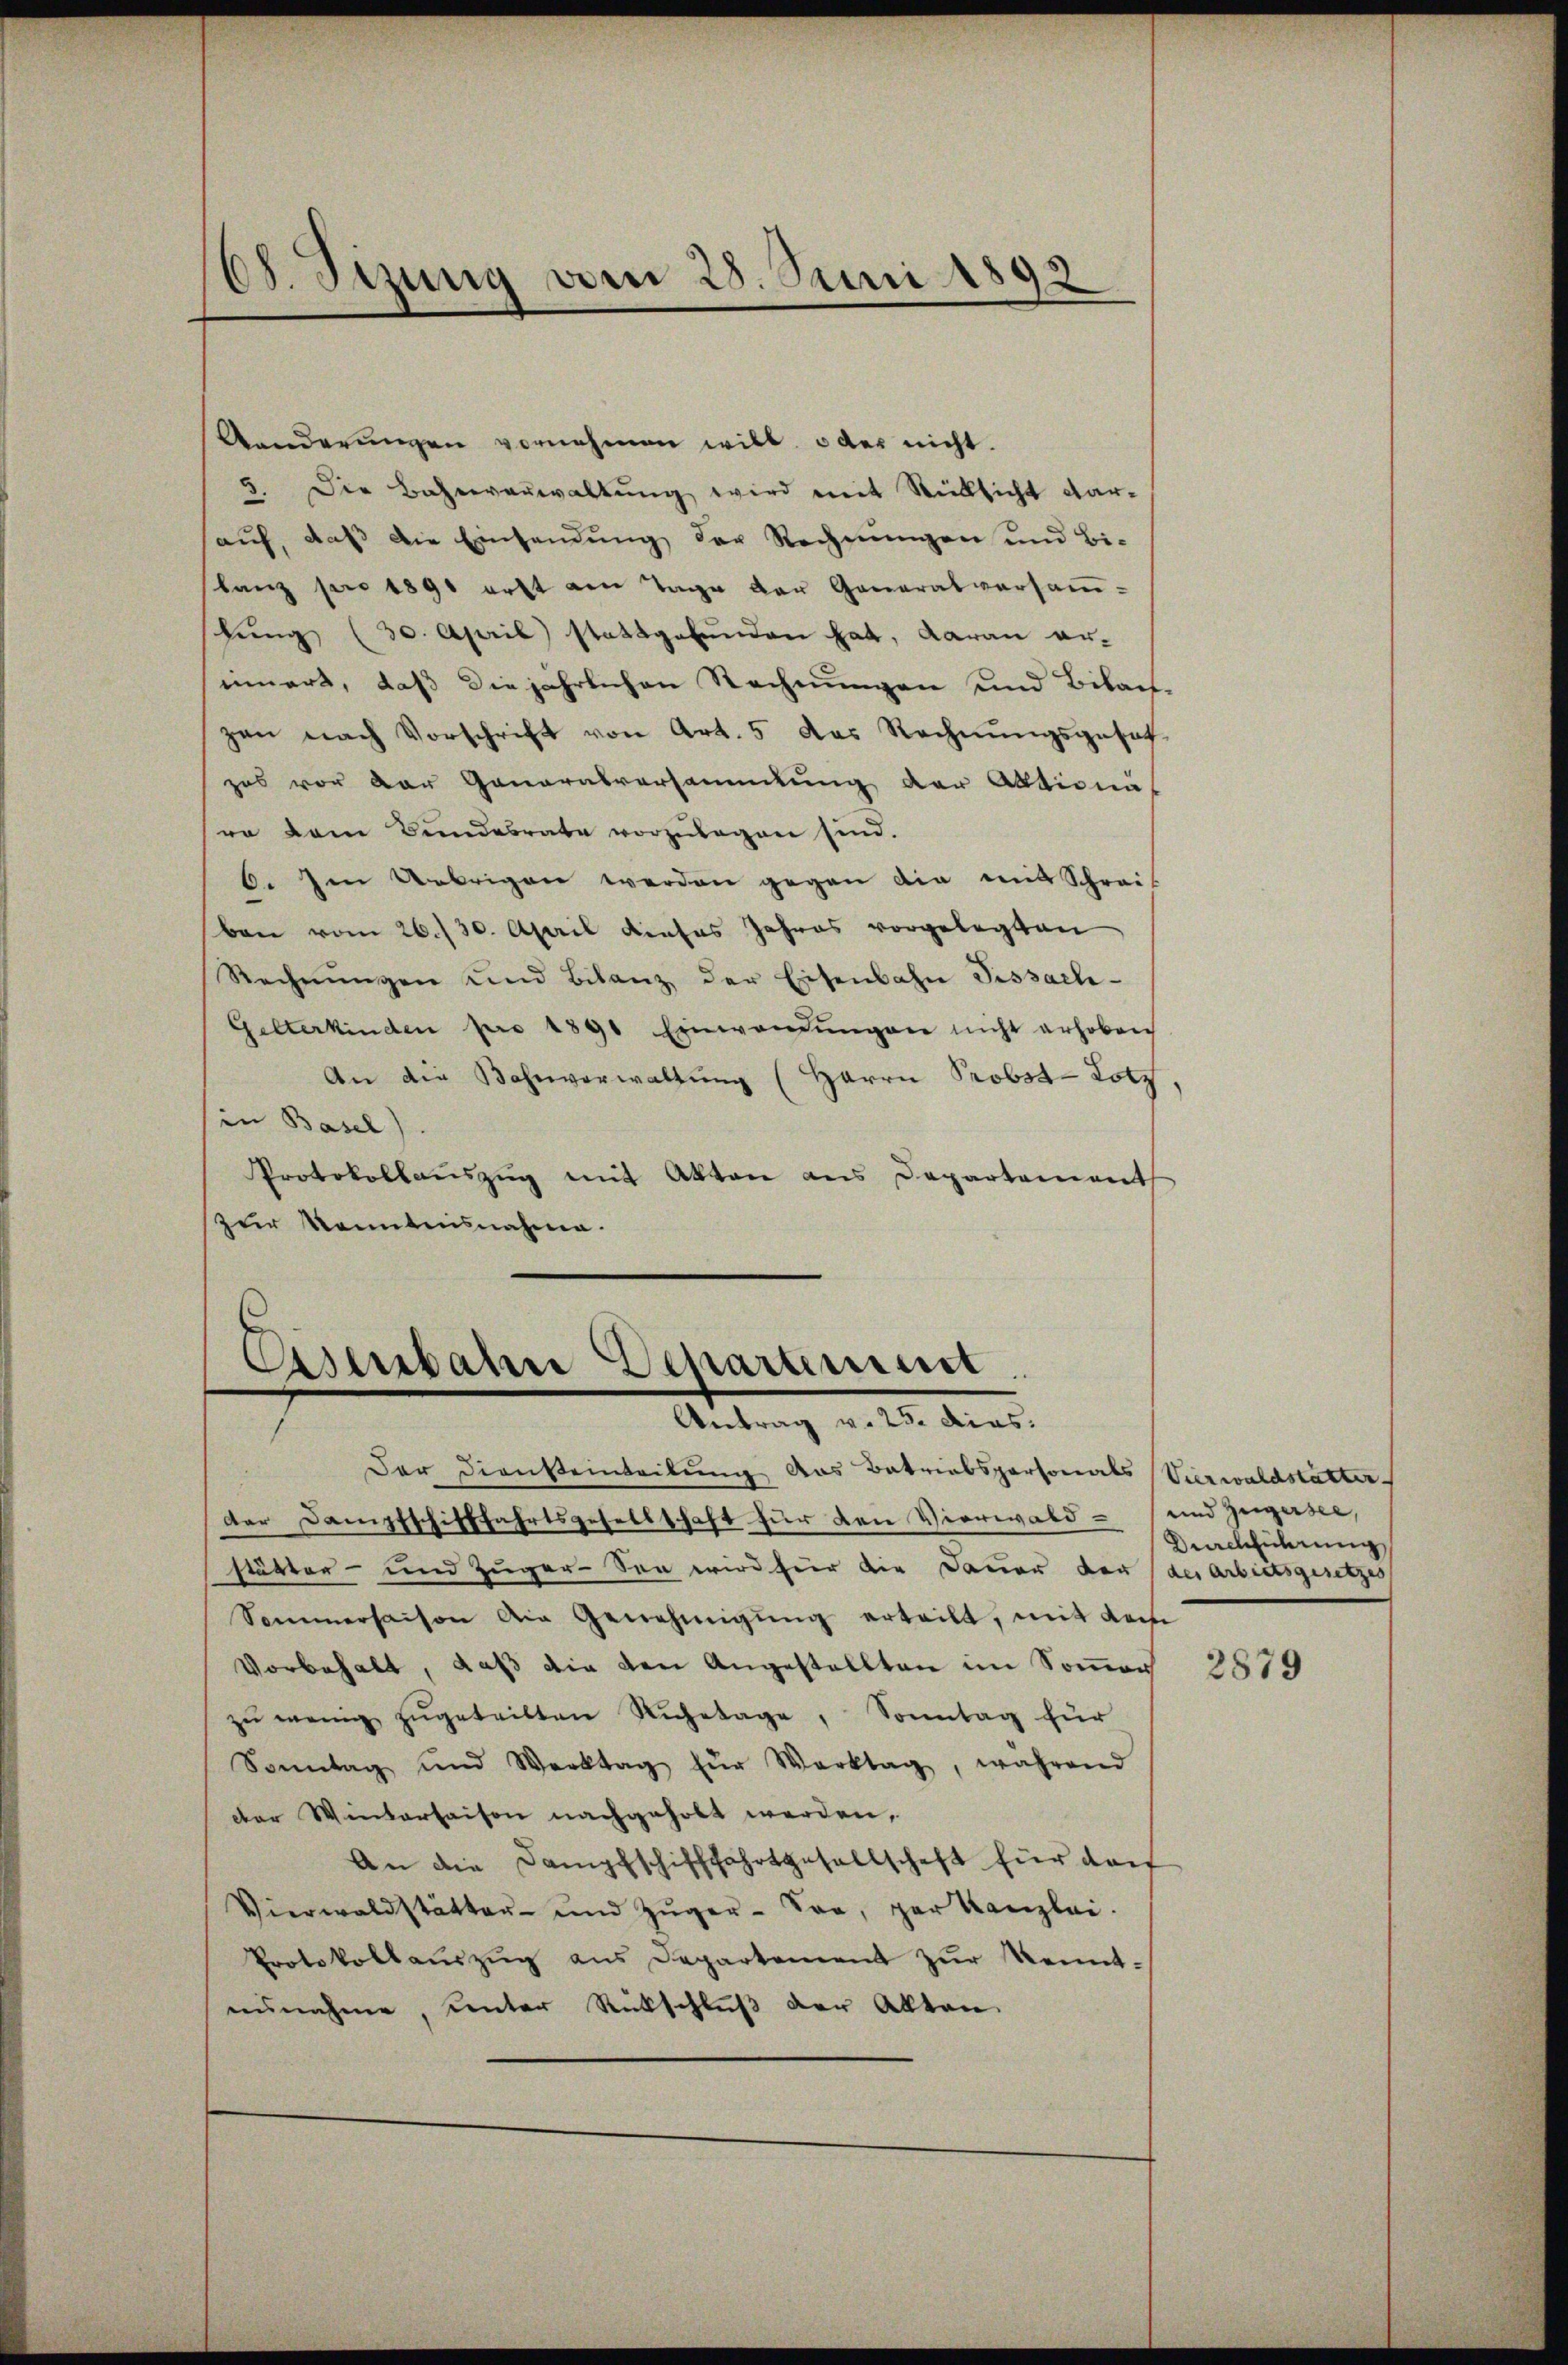
¬
d. Sizung vom 28. Juni 1892

Kanderungen vornehmen will, oder nicht.
5. Die Bahnverwaltung wird mit Rücksicht dar-
auf, daß die Einsendung der Rechnungen und Bi-
lanz pro 1890 erst am Tage der Generalversamlung (30. April stattgefunden hat, daran er-
innert, daß die jährlichen Rechnungen und Bilan-
zen nach Vorschrift von Art. 5 das Rechnŭngsgeset
zas vor der Generalversammlung der Aktionä
ra dem Bundesrate vorzŭlegen sind.
b. Im Uebrigen werden gegen die mit Schreit
ben vom 26./30. April dieses Jahres vorgelegten
Rechnŭngen und Bilanz der Eisenbahn Tissach-
Gelterkinden pro 1890 Einwandŭngen nicht erhoben
An die Bahnverwaltung (Herrn Probst Lotz
in Basel)
Protokollauszug mit Akten aus Departement
zur Kenntnisnahme.

Eisenbahn Deparament

Der Diensteinteilung das Betriebspersonals Vierwaldstätter
der Dampfschifffahrtsgesellschaft für den Vierwaldstätter- und Zuger-See wird für die Dauer der
Sommersaison die Genehmigŭng erteilt, mit dem
Vorbehalt, daß die den Angestellten im Sommer
zŭ wenig zugeteilten Ruhetage, Sonntag für
Sonntag und Werktag für Werktag, während
der Winterhaisen nachgeholt werden,
An die Dampfschifffahrtgesellschaft für doch
Vierwaldstätter- und Zŭger-Ton, par Kanzlei.
Protokollaŭszŭg ans Departement zŭr Kennt-
einnahme, unter Rückschluß der Alten

und Zugersee,
Durchführung
der Arbietsgesetzes

2879